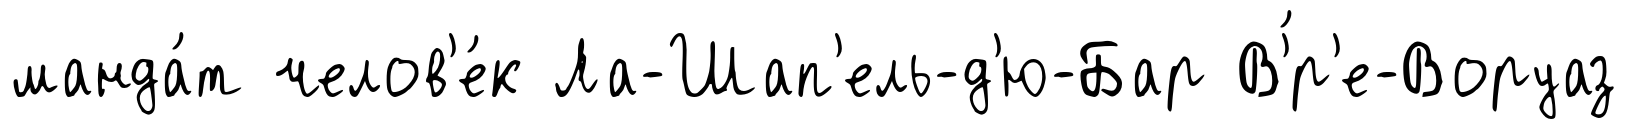
манда́т челов'е́к Ла-Шап'ель-д'ю-Бар В'́р'е-Воруаз